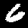
Digit: 6